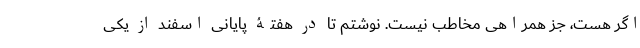
اگر هست، جز همراهی مخاطب نیست. نوشتم تا در هفتۀ پایانی اسفند از یکی